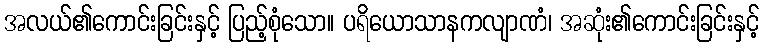
အလယ်၏ကောင်းခြင်းနှင့် ပြည့်စုံသော။ ပရိယောသာနကလျာဏံ၊ အဆုံး၏ကောင်းခြင်းနှင့်